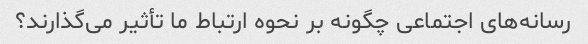
رسانه‌های اجتماعی چگونه بر نحوه ارتباط ما تأثیر می‌گذارند؟